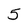
Character: 5